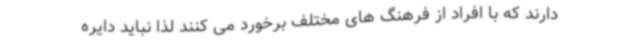
دارند که با افراد از فرهنگ های مختلف برخورد می کنند لذا نباید دایره